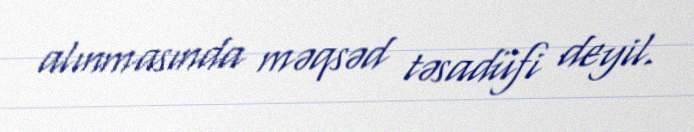
alınmasında məqsəd təsadüfi deyil.